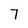
Character: 7